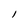
Character: l